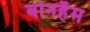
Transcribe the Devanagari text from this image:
बोनहैम